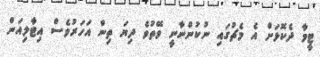
ޓީމާ ދެކޮޅަށް އެ މެޗުގައި ނުކުންނާނީ ވޭތުވެ ދިޔަ ތިން އަހަރުވެސް އިޓާލިއަން